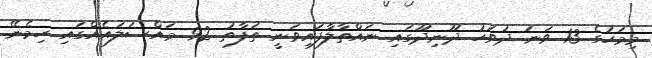
މިމަހުގެ 13 ވަނަ ދުވަހު ދޫނިދޫގައި ނައްތާލާފައިވަނީ ތަފާތު 92 މައްސަލައެއްގައި ހިމެނޭ